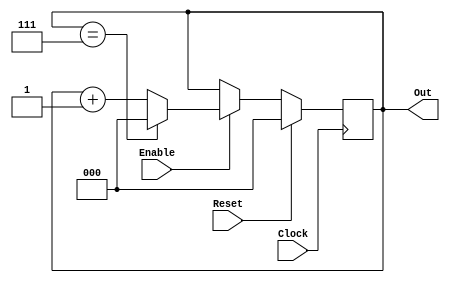
module Counter1(Reset,Enable,Clock,Out);
input Reset,Enable,Clock;
output [2:0]Out;
reg [2:0]Out;

always @(posedge Clock)

begin
	if(Reset)
	begin
		Out = 3'b0;
	end
	else
		if(Enable==1'b1)
		begin
			if(Out==3'd7)
			begin
				Out=3'b0;
			end
			else
			begin
				Out=Out + 1'b1;
			end
		end
	end
endmodule